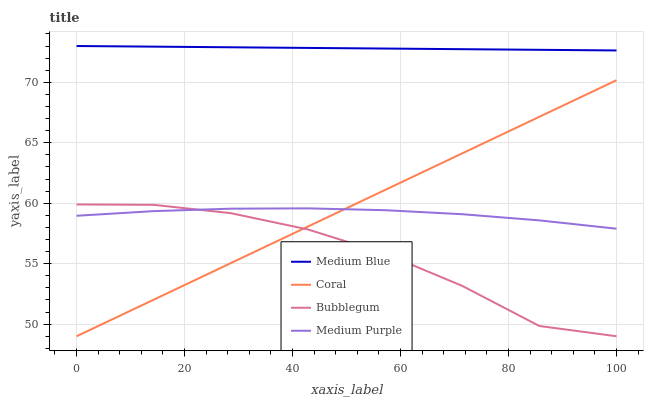
| xaxis_label | Medium Blue | Coral | Bubblegum | Medium Purple |
 | --- | --- | --- | --- | --- |
 | 0 | 73 | 49 | 59.9 | 59 |
 | 14.3 | 72.9 | 52 | 59.9 | 59.3 |
 | 28.6 | 72.9 | 55 | 59.2 | 59.6 |
 | 42.9 | 72.8 | 58.1 | 57.8 | 59.6 |
 | 57.1 | 72.8 | 61.1 | 55.8 | 59.4 |
 | 71.4 | 72.7 | 64.1 | 53.2 | 59.1 |
 | 85.7 | 72.7 | 67.1 | 49.8 | 58.6 |
 | 100 | 72.6 | 70.2 | 49 | 57.9 |